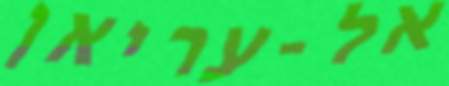
אל-עריאן